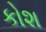
કોશ